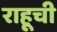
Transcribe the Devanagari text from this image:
राहूची